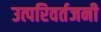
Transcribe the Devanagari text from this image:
उत्परिवर्तजनी